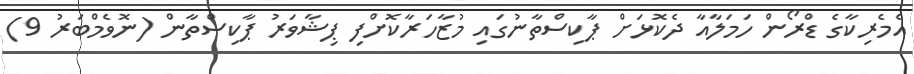
އެމެރިކާގެ ޑްރޯން ހަމަލާއާ ދެކޮޅަށް ޕާކިސްތާނުގައި މުޒާހަރާކޮށްފި ޕިޝާވަރު ޕާކިސްތާން (ނޮވެމްބަރު 9)